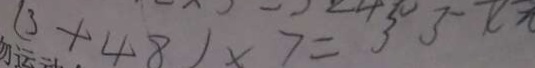
( 3 + 4 8 ) \times 7 = 3 3